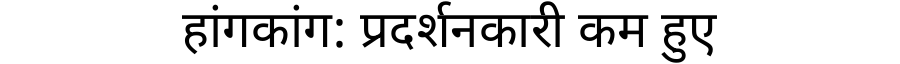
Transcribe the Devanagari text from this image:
हांगकांग: प्रदर्शनकारी कम हुए